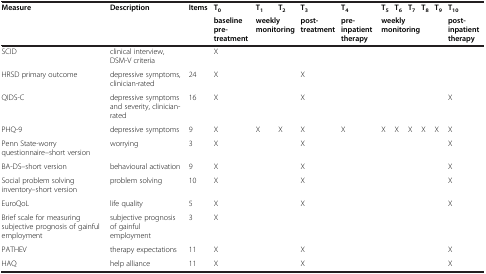
<table><thead><tr><td rowspan="2"><b>Measure</b></td><td rowspan="2"><b>Description</b></td><td rowspan="2"><b>Items</b></td><td><b>T<sub>0</sub></b></td><td><b>T<sub>1</sub></b></td><td><b>T<sub>2</sub></b></td><td><b>T<sub>3</sub></b></td><td><b>T<sub>4</sub></b></td><td><b>T<sub>5</sub></b></td><td><b>T<sub>6</sub></b></td><td><b>T<sub>7</sub></b></td><td><b>T<sub>8</sub></b></td><td><b>T<sub>9</sub></b></td><td><b>T<sub>10</sub></b></td></tr><tr><td><b>baseline pre-treatment</b></td><td colspan="2"><b>weekly monitoring</b></td><td><b>post-treatment</b></td><td><b>pre-inpatient therapy</b></td><td colspan="5"><b>weekly monitoring</b></td><td><b>post-inpatient therapy</b></td></tr></thead><tbody><tr><td>SCID</td><td>clinical interview, DSM-V criteria</td><td> </td><td>X</td><td> </td><td> </td><td> </td><td> </td><td> </td><td> </td><td> </td><td> </td><td> </td><td> </td></tr><tr><td>HRSD primary outcome</td><td>depressive symptoms, clinician-rated</td><td>24</td><td>X</td><td> </td><td> </td><td>X</td><td> </td><td> </td><td> </td><td> </td><td> </td><td> </td><td> </td></tr><tr><td>QIDS-C</td><td>depressive symptoms and severity, clinician-rated</td><td>16</td><td>X</td><td> </td><td> </td><td>X</td><td> </td><td> </td><td> </td><td> </td><td> </td><td> </td><td>X</td></tr><tr><td>PHQ-9</td><td>depressive symptoms</td><td>9</td><td>X</td><td>X</td><td>X</td><td>X</td><td>X</td><td>X</td><td>X</td><td>X</td><td>X</td><td>X</td><td>X</td></tr><tr><td>Penn State-worry questionnaire–short version</td><td>worrying</td><td>3</td><td>X</td><td> </td><td> </td><td>X</td><td> </td><td> </td><td> </td><td> </td><td> </td><td> </td><td>X</td></tr><tr><td>BA-DS–short version</td><td>behavioural activation</td><td>9</td><td>X</td><td> </td><td> </td><td>X</td><td> </td><td> </td><td> </td><td> </td><td> </td><td> </td><td>X</td></tr><tr><td>Social problem solving inventory–short version</td><td>problem solving</td><td>10</td><td>X</td><td> </td><td> </td><td>X</td><td> </td><td> </td><td> </td><td> </td><td> </td><td> </td><td>X</td></tr><tr><td>EuroQoL</td><td>life quality</td><td>5</td><td>X</td><td> </td><td> </td><td>X</td><td> </td><td> </td><td> </td><td> </td><td> </td><td> </td><td>X</td></tr><tr><td>Brief scale for measuring subjective prognosis of gainful employment</td><td>subjective prognosis of gainful employment</td><td>3</td><td>X</td><td> </td><td> </td><td> </td><td> </td><td> </td><td> </td><td> </td><td> </td><td> </td><td> </td></tr><tr><td>PATHEV</td><td>therapy expectations</td><td>11</td><td>X</td><td> </td><td> </td><td>X</td><td> </td><td> </td><td> </td><td> </td><td> </td><td> </td><td>X</td></tr><tr><td>HAQ</td><td>help alliance</td><td>11</td><td>X</td><td> </td><td> </td><td>X</td><td> </td><td> </td><td> </td><td> </td><td> </td><td> </td><td>X</td></tr></tbody></table>